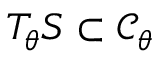
T _ { \theta } S \subset { \mathcal { C } } _ { \theta }